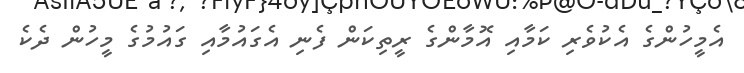
އެމީހުންގެ އެކުވެރި ކަމާއި އޮމާންގެ ރީތިކަން ފެނި އެގައުމާއި ގައުމުގެ މީހުން ދެކެެ